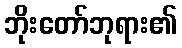
ဘိုးတော်ဘုရား၏